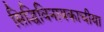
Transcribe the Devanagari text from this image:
सिद्धिविनायकाचीया